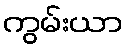
ကွမ်းယာ